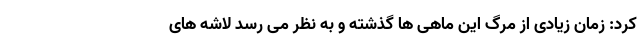
کرد: زمان زیادی از مرگ این ماهی ها گذشته و به نظر می رسد لاشه های